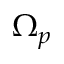
\Omega _ { p }